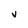
Character: V